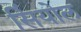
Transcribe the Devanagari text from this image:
सिंयोल